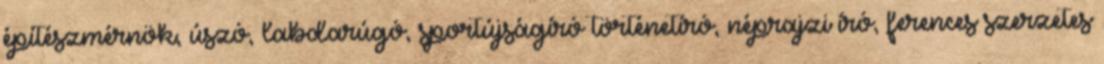
építészmérnök, úszó, labdarúgó, sportújságíró történetíró, néprajzi író, ferences szerzetes